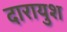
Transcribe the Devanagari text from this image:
दारायुश